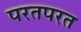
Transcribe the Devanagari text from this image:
परतपरत